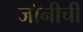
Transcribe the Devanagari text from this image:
जॉनीची